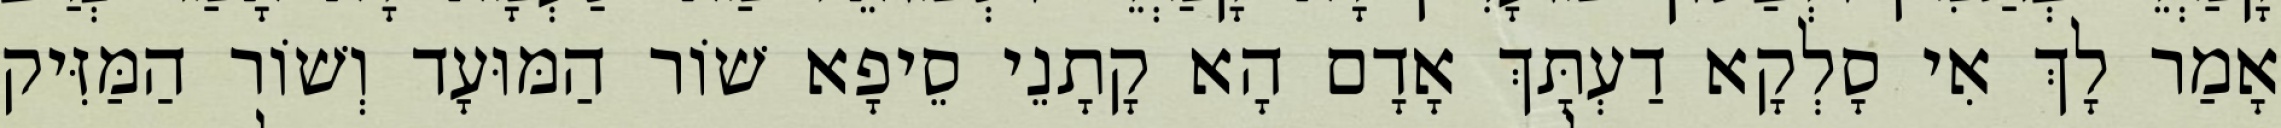
אָמַר לָךְ אִי סָלְקָא דַעְתָּךְ אָדָם הָא קָתָנֵי סֵיפָא שׁוֹר הַמּוּעָד וְשׁוֹר הַמַּזִּיק